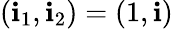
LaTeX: (\mathbf{i}_{1},\mathbf{i}_{2})=(1,\mathbf{i})